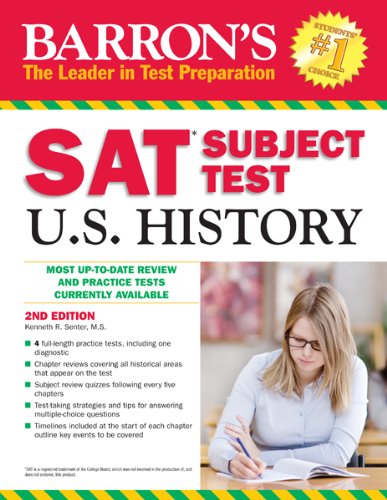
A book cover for Barron's SAT Subject Test in U.S. History, 2nd Edition (Barron's Sat Subject Test U.S. History); Kenneth Senter; Test Preparation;